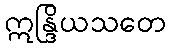
ဣန္ဒြိယသတေ